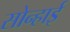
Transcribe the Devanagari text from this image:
सोन्हाई